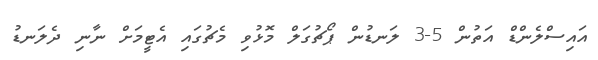
އައިސްލެންޑް އަތުން 5-3 ލަނޑުން ޕޯޗުގަލް މޮޅުވި މެޗުގައި އެޓީމަށް ނާނި ދެލަނޑު